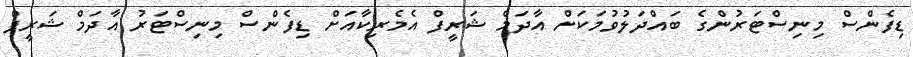
ޑިފެންސް މިނިސްޓަރުންގެ ބައްދަލުވުމަކަށް އާދަމް ޝަރީފް އެމެރިކާއަށް ޑިފެންސް މިނިސްޓަރު އާދަމް ޝަރީފް